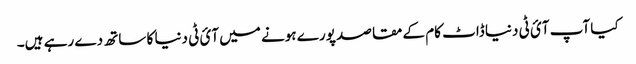
کیا آپ آئ ٹی دنیا ڈاٹ کام کے مقاصد پورے ہونے میں آئ ٹی دنیا کا ساتھ دے رہے ہیں۔